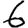
Digit: 6